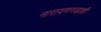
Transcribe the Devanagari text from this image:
नारायणगडाशी